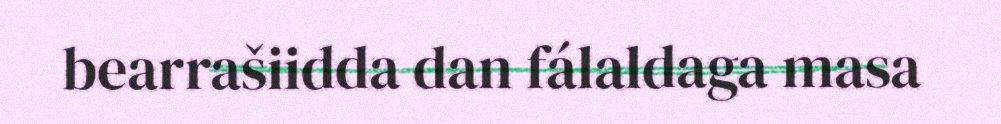
bearrašiidda dan fálaldaga masa